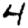
Digit: 4